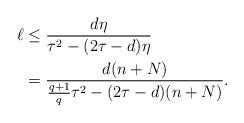
LaTeX: \begin{align*}\ell &\leq \frac{d \eta}{\tau^2-(2\tau-d)\eta}\\ & = \frac{d(n+N)}{\frac{q+1}{q} \tau^2 - (2\tau-d)(n+N)}.\end{align*}